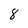
Character: 8